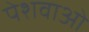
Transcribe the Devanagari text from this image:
पेशवाओ